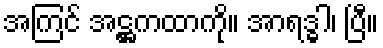
အကြင် အဋ္ဌကထာကို။ အာရဒ္ဓါ၊ ပြီ။